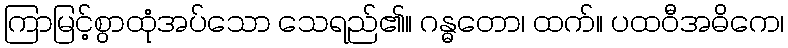
ကြာမြင့်စွာထုံအပ်သော သေရည်၏။ ဂန္ဓတော၊ ထက်။ ပထဝီအဓိကေ၊